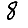
Digit: 8